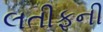
લતીફની